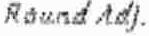
ROUND ADJ.